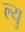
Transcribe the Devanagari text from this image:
ल्यु